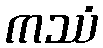
ကဿံ